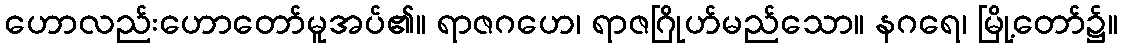
ဟောလည်းဟောတော်မူအပ်၏။ ရာဇဂဟေ၊ ရာဇဂြိုဟ်မည်သော။ နဂရေ၊ မြို့တော်၌။